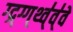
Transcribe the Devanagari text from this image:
ग्द्र्ग्ग्थ्व्॑व्॑वे